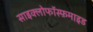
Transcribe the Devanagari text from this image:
साइक्लोफॉस्फ़माइड